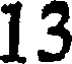
13